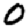
Digit: 0